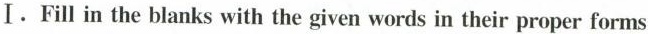
Ⅰ. Fill in the blanks with the given words in their proper forms